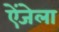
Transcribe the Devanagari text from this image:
ऐंजेला